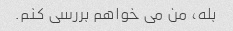
بله، من می خواهم بررسی کنم.